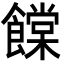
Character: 饓